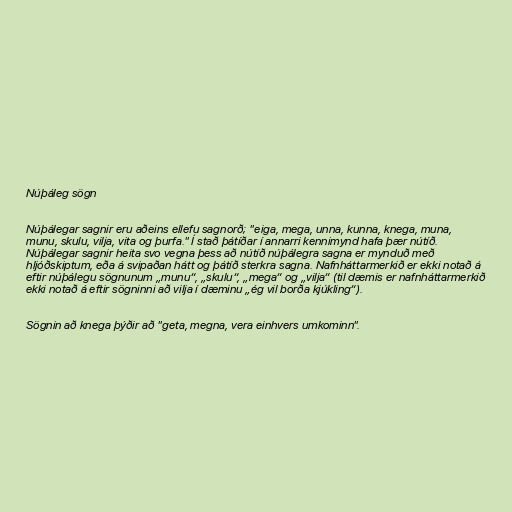
Núþáleg sögn

Núþálegar sagnir eru aðeins ellefu sagnorð; "eiga, mega, unna, kunna, knega, muna,
munu, skulu, vilja, vita og þurfa." Í stað þátíðar í annarri kennimynd hafa þær nútíð.
Núþálegar sagnir heita svo vegna þess að nútíð núþálegra sagna er mynduð með
hljóðskiptum, eða á svipaðan hátt og þátíð sterkra sagna. Nafnháttarmerkið er ekki notað á
eftir núþálegu sögnunum „munu“, „skulu“, „mega“ og „vilja“ (til dæmis er nafnháttarmerkið
ekki notað á eftir sögninni að vilja í dæminu „ég vil borða kjúkling“).

Sögnin að knega þýðir að "geta, megna, vera einhvers umkominn".